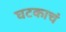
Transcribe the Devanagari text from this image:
घटकाचं